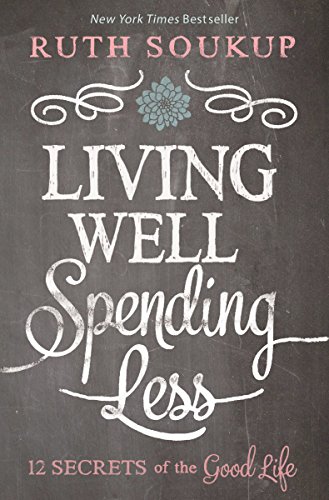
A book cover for Living Well, Spending Less: 12 Secrets of the Good Life; Ruth Soukup; Business & Money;